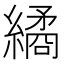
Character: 繘